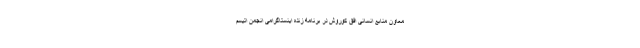
معاون منابع انسانی افق کوروش در برنامه زنده اینستاگرامی انجمن اتیسم